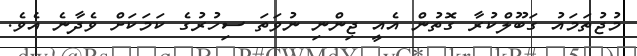
މުޖުތަމައު ގަބޫލްކުރާ ގޮތުން އެއީ ޖިންނި ނުވަތަ ސިހުރުގެ ކަމަކަށް ވެދާނެ އެވެ.